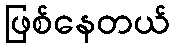
ဖြစ်နေတယ်